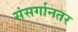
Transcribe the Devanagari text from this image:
संसर्गानतर